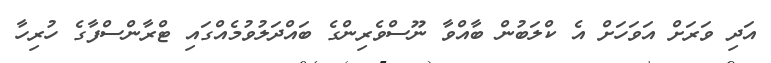
އަދި ވަރަށް އަވަހަށް އެ ކްލަބުން ބާއްވާ ނޫސްވެރިންގެ ބައްދަލުވުމެއްގައި ޓްރާންސްފާގެ ހުރިހާ